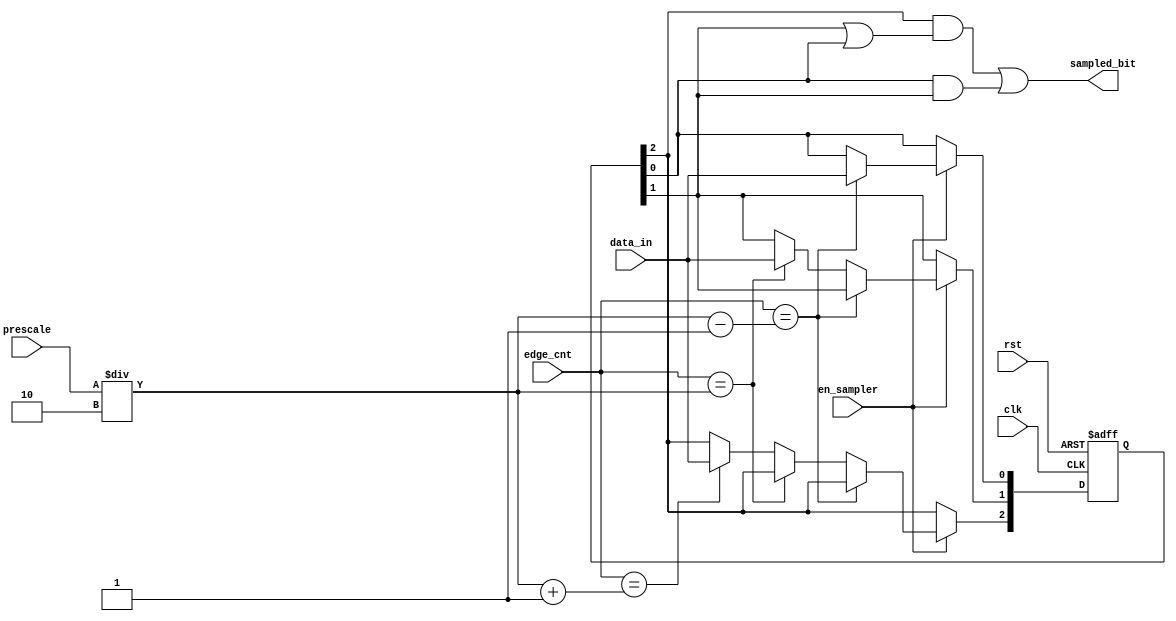
module data_sampling (
    input   wire                data_in,
    input   wire    [4:0]       prescale,
    input   wire    [4:0]       edge_cnt,
    input   wire                en_sampler,
    input   wire                clk,
    input   wire                rst,
    output  wire                sampled_bit
);
reg     [2:0]     register;
always @(posedge clk or negedge rst) begin
    if (!rst)
    begin
        register <= 'b0;
    end
    else if (en_sampler)
    begin
        if (edge_cnt==((prescale/2)-1))
        register[0] <= data_in;
        else if (edge_cnt==(prescale/2))
        register[1] <= data_in;
        else if (edge_cnt==((prescale/2)+1))
        register[2] <= data_in;
    end
end
assign sampled_bit = ((register[2] & (register[1] | register [0])) | (register[0] & register[1]));
    
endmodule